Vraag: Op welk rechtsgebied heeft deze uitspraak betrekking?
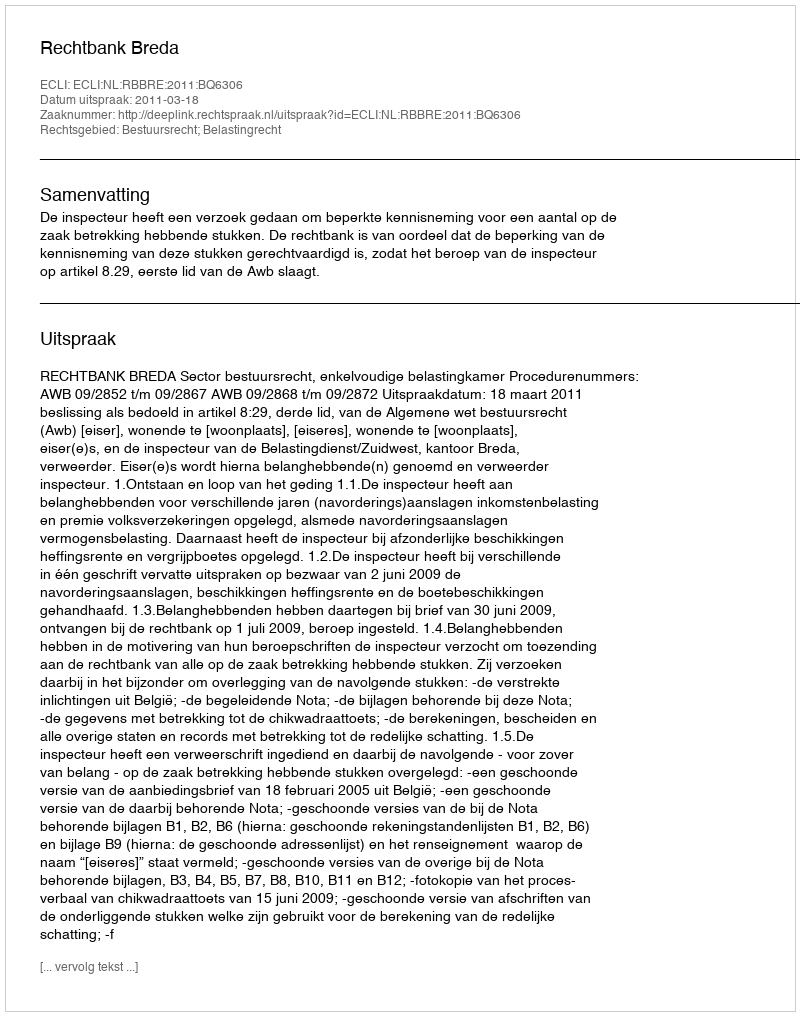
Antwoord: Bestuursrecht; Belastingrecht